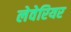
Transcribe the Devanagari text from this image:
लेवेरियर